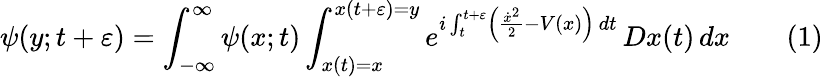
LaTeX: \psi(y;t+\varepsilon)=\int_{-\infty}^{\infty}\psi(x;t)\int_{x(t)=x}^{x(t+\varepsilon)=y}e^{i\int_{t}^{t+\varepsilon}\left({\frac{{\dot{x}}^{2}}{2}}-V(x)\right)\, dt}\, Dx(t)\, dx\qquad(1)